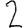
Digit: 2